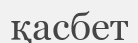
қасбет